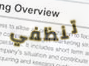
تنظفي